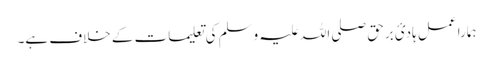
ہمارا عمل ہادیٔ برحق صلی اللہ علیہ وسلم کی تعلیمات کے خلاف ہے۔